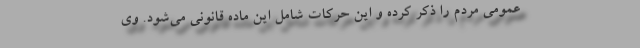
عمومی مردم را ذکر کرده و این حرکات شامل این ماده قانونی می‌شود. وی